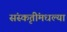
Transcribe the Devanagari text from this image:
संस्कृतींमधल्या